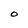
Character: 0